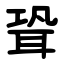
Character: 聓